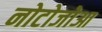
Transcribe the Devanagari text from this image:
नोटोजोआ